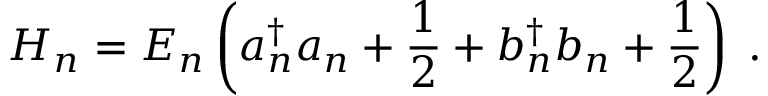
H _ { n } = E _ { n } \left( a _ { n } ^ { \dagger } a _ { n } + \frac { 1 } { 2 } + b _ { n } ^ { \dagger } b _ { n } + \frac { 1 } { 2 } \right) \; .